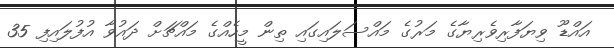
އައްޑޫ ވިޔަފާރިވެރިޔާގެ މަރުގެ މައްސަލައިގައި ތިން މީހެއްގެ މައްޗަށް ދައުވާ އުފުލައިފި 35